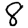
Digit: 8